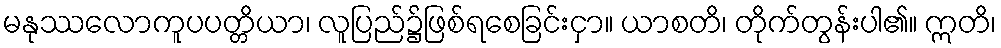
မနုဿလောကူပပတ္တိယာ၊ လူပြည်၌ဖြစ်ရစေခြင်းငှာ။ ယာစတိ၊ တိုက်တွန်းပါ၏။ ဣတိ၊